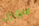
سوزن